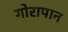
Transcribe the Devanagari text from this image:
गोरापान